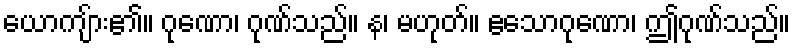
ယောကျ်ား၏။ ဂုဏော၊ ဂုဏ်သည်။ န၊ မဟုတ်။ ဧသောဂုဏော၊ ဤဂုဏ်သည်။